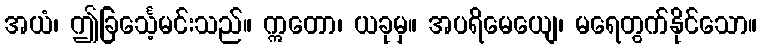
အယံ၊ ဤခြင်္သေ့မင်းသည်။ ဣတော၊ ယခုမှ။ အပရိမေယျေ၊ မရေတွက်နိုင်သော။